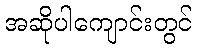
အဆိုပါကျောင်းတွင်